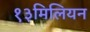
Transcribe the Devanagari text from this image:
१३मिलियन